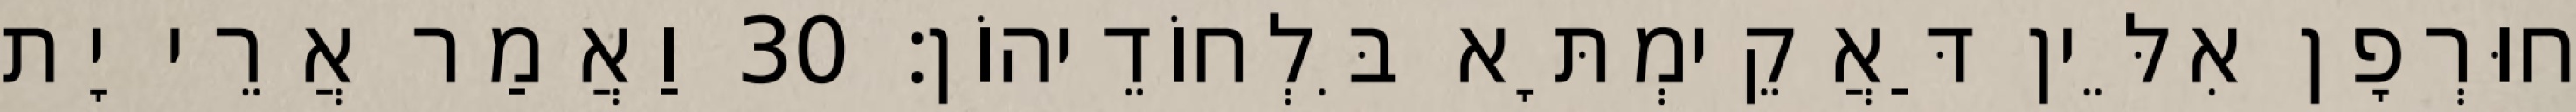
חוּרְפָן אִלֵּין דַּאֲקֵימְתָּא בִּלְחוֹדֵיהוֹן׃ 30 וַאֲמַר אֲרֵי יָת